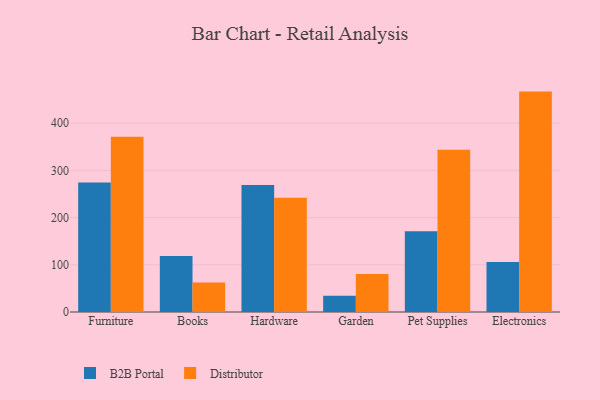
{"axis": {"x": "Category", "y": "Revenue (USD Million)"}, "legend": ["B2B Portal", "Distributor"], "data": [{"x": "Furniture", "y": 274.5, "type": "B2B Portal"}, {"x": "Furniture", "y": 371.0, "type": "Distributor"}, {"x": "Books", "y": 118.5, "type": "B2B Portal"}, {"x": "Books", "y": 62.3, "type": "Distributor"}, {"x": "Hardware", "y": 268.9, "type": "B2B Portal"}, {"x": "Hardware", "y": 242.2, "type": "Distributor"}, {"x": "Garden", "y": 34.5, "type": "B2B Portal"}, {"x": "Garden", "y": 80.3, "type": "Distributor"}, {"x": "Pet Supplies", "y": 170.8, "type": "B2B Portal"}, {"x": "Pet Supplies", "y": 343.9, "type": "Distributor"}, {"x": "Electronics", "y": 106.1, "type": "B2B Portal"}, {"x": "Electronics", "y": 466.8, "type": "Distributor"}]}